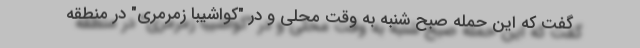
گفت که این حمله صبح شنبه به وقت محلی و در "کواشیبا زمرمری" در منطقه